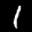
Label: 1